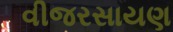
વીજરસાયણ